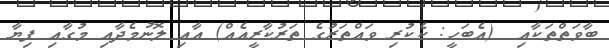
ބާވަތްތަކާއި  (އެބަހީ: ކެކުރި ވައްތަރުގެ ތަރުކާރީއެއް) އާއި ލޮނުމެދާއި މުގާއި ފިޔާ